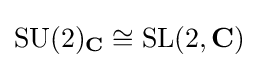
\mathrm {SU} (2)_{\mathbf {C} }\cong \mathrm {SL} (2,\mathbf {C} )